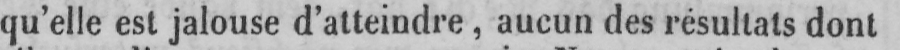
qu’elle est jalouse d’atteindre, aucun des résultats dont